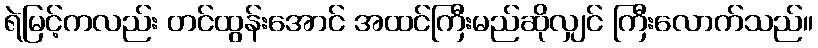
ရဲမြင့်ကလည်း တင်ထွန်းအောင် အထင်ကြီးမည်ဆိုလျှင် ကြီးလောက်သည်။